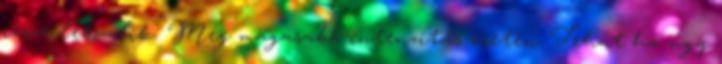
része lebomlik. Még magasabb intenzitás esetén. Tehát ha úgy